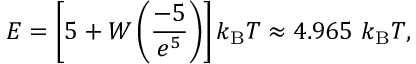
E = \left[ 5 + W \left( { \frac { - 5 } { e ^ { 5 } } } \right) \right] k _ { \mathrm { B } } T \approx 4 . 9 6 5 \ k _ { \mathrm { B } } T ,